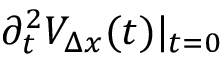
\partial _ { t } ^ { 2 } { \cal V } _ { \Delta x } ( t ) | _ { t = 0 }